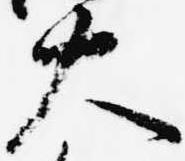
大